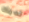
لديك